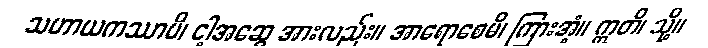
သဟာယကဿာပိ၊ ငါ့အဆွေ အားလည်း။ အာရောစေမိ၊ ကြားအံ့။ ဣတိ၊ သို့။